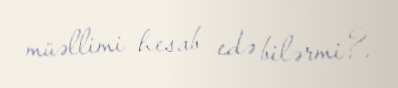
müəllimi hesab edə bilərmi?.